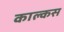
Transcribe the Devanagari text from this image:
काल्कस